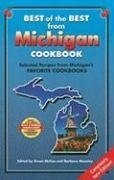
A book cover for Best of the Best from Michigan Cookbook: Selected Recipes from Michigan's Favorite Cookbooks (Best of the Best Cookbook); Gwen McKee; Cookbooks, Food & Wine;